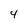
Character: 4